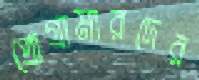
প্রোগ্রামারদের